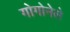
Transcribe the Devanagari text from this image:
गोगोनेले